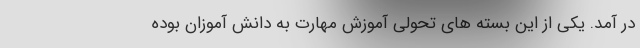
در آمد. یکی از این بسته های تحولی آموزش مهارت به دانش آموزان بوده